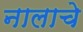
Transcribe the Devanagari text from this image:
नालाचे